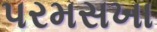
પરમસખા